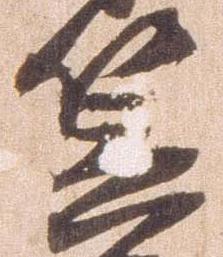
笠